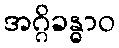
အဂ္ဂိခန္ဓာဝ